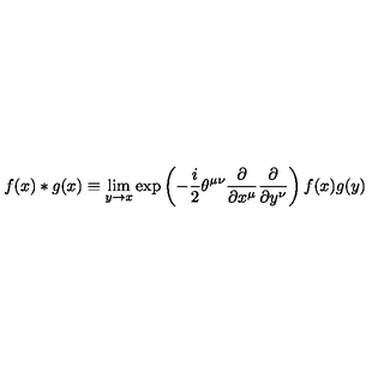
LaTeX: f ( x ) * g ( x ) \equiv \lim _ { y \rightarrow x } \exp \left( - \frac { i } { 2 } \theta ^ { \mu \nu } \frac { \partial } { \partial x ^ { \mu } } \frac { \partial } { \partial y ^ { \nu } } \right) f ( x ) g ( y )